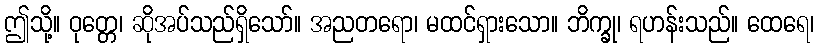
ဤသို့။ ဝုတ္တေ၊ ဆိုအပ်သည်ရှိသော်။ အညတရော၊ မထင်ရှားသော။ ဘိက္ခု၊ ရဟန်းသည်။ ထေရေ၊